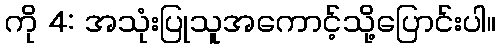
ကို 4: အသုံးပြုသူအကောင့်သို့ပြောင်းပါ။